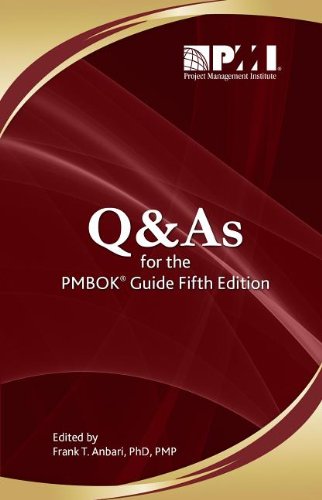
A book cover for Q & As for the PMBOK Guide; Business & Money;